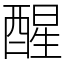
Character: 醒